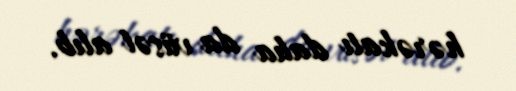
hərəkatı daha da vüsət alıb.